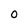
Character: 0